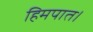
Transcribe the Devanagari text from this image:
हिमपात।